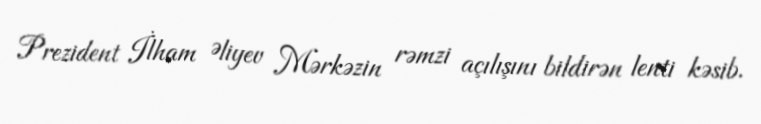
Prezident İlham Əliyev Mərkəzin rəmzi açılışını bildirən lenti kəsib.